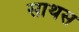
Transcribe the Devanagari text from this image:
साथस